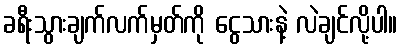
ခရီးသွားချက်လက်မှတ်ကို ငွေသားနဲ့ လဲချင်လို့ပါ။